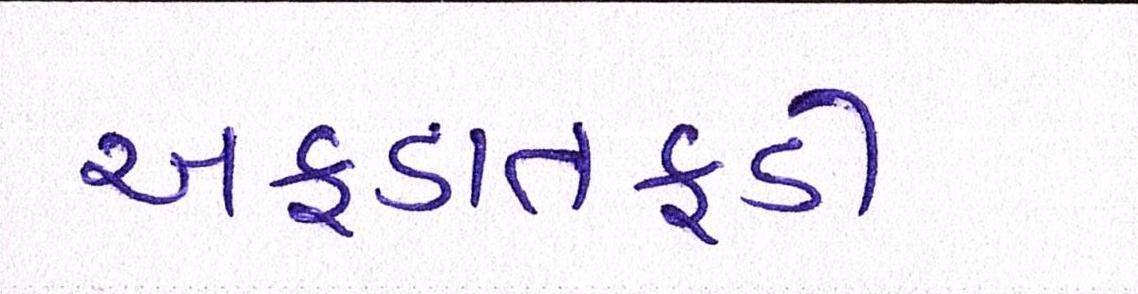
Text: અફડાતફડી